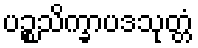
ပဉ္စသိက္ခာပဒသုတ္တံ